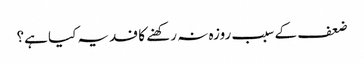
ضعف کے سبب روزہ نہ رکھنے کا فدیہ کیا ہے؟